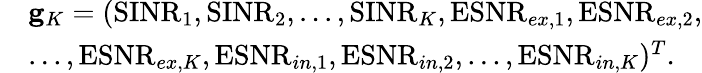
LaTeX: \begin{array}{rl}&{\mathbf{g}_{K}=(\mathrm{SINR}_{1},\mathrm{SINR}_{2},...,\mathrm{SINR}_{K},\mathrm{ESNR}_{ex,1},\mathrm{ESNR}_{ex,2},}\\ &{...,\mathrm{ESNR}_{ex,K},\mathrm{ESNR}_{in,1},\mathrm{ESNR}_{in,2},...,\mathrm{ESNR}_{in,K})^{T}.}\end{array}